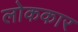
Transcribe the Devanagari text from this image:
लोककार